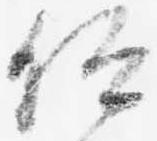
仰